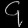
Digit: ၄